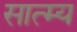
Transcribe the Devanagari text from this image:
सात्म्य